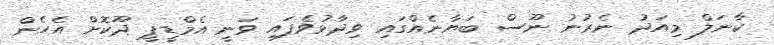
ކާނަލް މިއަދު ނެރުނު ނޫސް ބަޔާނެއްގައި ވިދާޅުވެފައި ވަނީ އެމްޑީޕީ ދޫކޮށް އެހެން